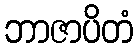
ဘာဇာပိတံ